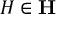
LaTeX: H \in \mathbf { H }